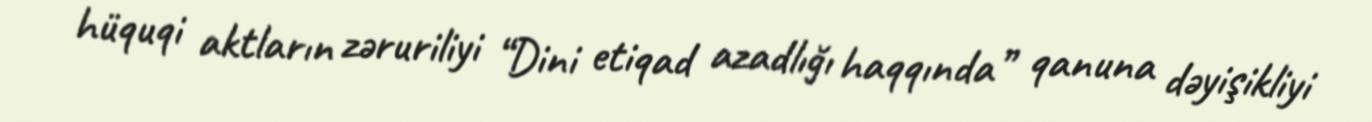
hüquqi aktların zəruriliyi “Dini etiqad azadlığı haqqında” qanuna dəyişikliyi